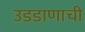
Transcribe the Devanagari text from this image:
उडडाणाची